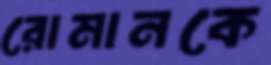
রোমানকে